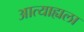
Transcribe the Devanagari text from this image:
आत्याह्यला